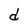
Character: d